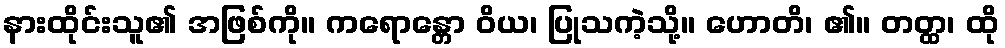
နားထိုင်းသူ၏ အဖြစ်ကို။ ကရောန္တော ဝိယ၊ ပြုသကဲ့သို့။ ဟောတိ၊ ၏။ တတ္ထ၊ ထို